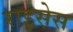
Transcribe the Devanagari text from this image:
राइस़ेस